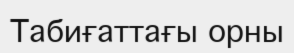
Табиғаттағы орны